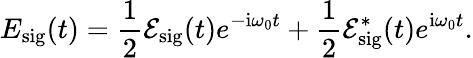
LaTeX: E_{\mathrm{{sig}}}(t)=\frac{1}{2}\mathcal{E}_{\mathrm{{sig}}}(t)e^{-\mathrm{{i}}\omega_{0}t}+\frac{1}{2}\mathcal{E}_{\mathrm{{sig}}}^{*}(t)e^{\mathrm{{i}}\omega_{0}t}.